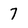
Character: 7